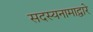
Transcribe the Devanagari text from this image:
सदस्यनामाद्वारे